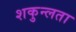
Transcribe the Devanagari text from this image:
शकुन्‍लता